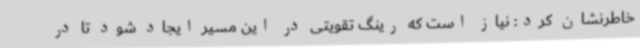
خاطرنشان کرد: نیاز است که رینگ تقویتی در این مسیر ایجاد شود تا در